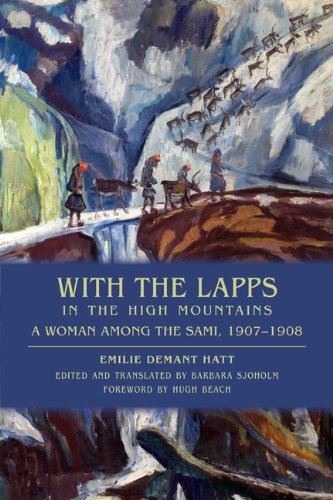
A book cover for With the Lapps in the High Mountains: A Woman among the Sami, 1907EE1908; Emilie Demant Hatt; Biographies & Memoirs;